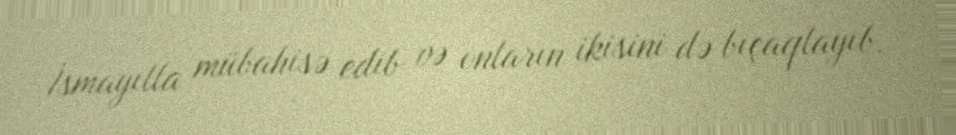
İsmayılla mübahisə edib və onların ikisini də bıçaqlayıb.